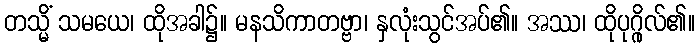
တသ္မိံ သမယေ၊ ထိုအခါ၌။ မနသိကာတဗ္ဗာ၊ နှလုံးသွင်အပ်၏။ အဿ၊ ထိုပုဂ္ဂိုလ်၏။